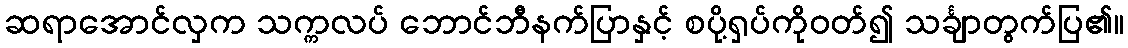
ဆရာအောင်လှက သက္ကလပ် ဘောင်ဘီနက်ပြာနှင့် စပို့ရှပ်ကိုဝတ်၍ သင်္ချာတွက်ပြ၏။